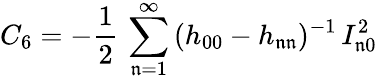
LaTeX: C_{6}=-\frac{1}{2}\, \sum_{\mathfrak{n}=1}^{\infty}\, (h_{00}-h_{\mathfrak{n}\mathfrak{n}})^{-1}\, I_{\mathfrak{n}0}^{2}